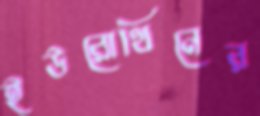
ইউরোথিনের